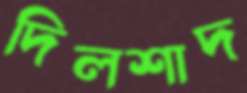
দিলশাদ